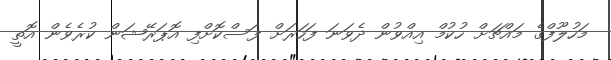
މަހުލޫފްގެ މައްޗަށް ހުކުމް އިއްވުން ދެވަނަ ފަހަރަށް ފަސްކޮށްފި އޮޕަރޭޝަން ކުރެވެން އޮތީ